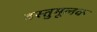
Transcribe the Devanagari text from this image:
वस्तुमूलक